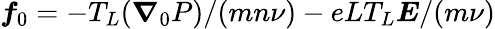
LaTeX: {\boldsymbol f}_{0}=-T_{L}({\boldsymbol\nabla}_{0}P)/(mn\nu)-eLT_{L}{\boldsymbol E}/(m\nu)